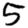
Digit: 5